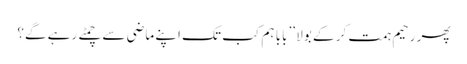
پھر رحیم ہمت کر کے بولا ’’بابا ہم کب تک اپنے ماضی سے چمٹے رہے گے؟